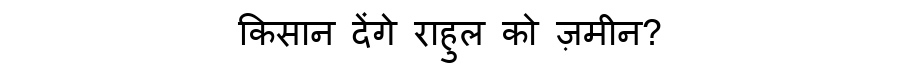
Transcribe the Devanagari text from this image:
किसान देंगे राहुल को ज़मीन?